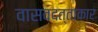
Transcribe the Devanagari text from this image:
वासवदत्ताकार